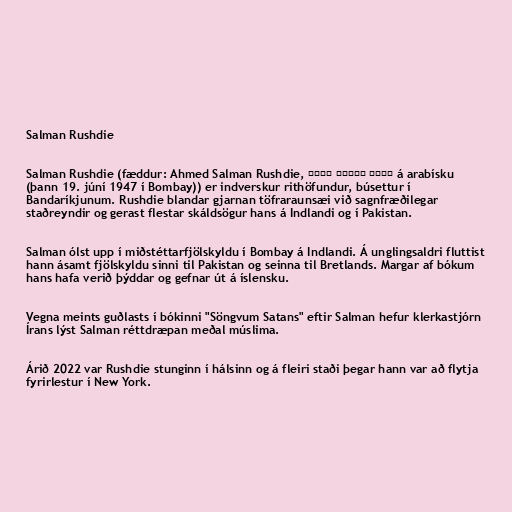
Salman Rushdie

Salman Rushdie (fæddur: Ahmed Salman Rushdie, أحمد سلمان رشدی á arabísku
(þann 19. júní 1947 í Bombay)) er indverskur rithöfundur, búsettur í
Bandaríkjunum. Rushdie blandar gjarnan töfraraunsæi við sagnfræðilegar
staðreyndir og gerast flestar skáldsögur hans á Indlandi og í Pakistan.

Salman ólst upp í miðstéttarfjölskyldu í Bombay á Indlandi. Á unglingsaldri fluttist
hann ásamt fjölskyldu sinni til Pakistan og seinna til Bretlands. Margar af bókum
hans hafa verið þýddar og gefnar út á íslensku.

Vegna meints guðlasts í bókinni "Söngvum Satans" eftir Salman hefur klerkastjórn
Írans lýst Salman réttdræpan meðal múslima.

Árið 2022 var Rushdie stunginn í hálsinn og á fleiri staði þegar hann var að flytja
fyrirlestur í New York.